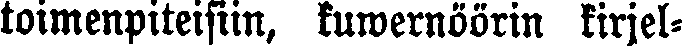
toimenpiteisiin, kuwernöörin kirjel-